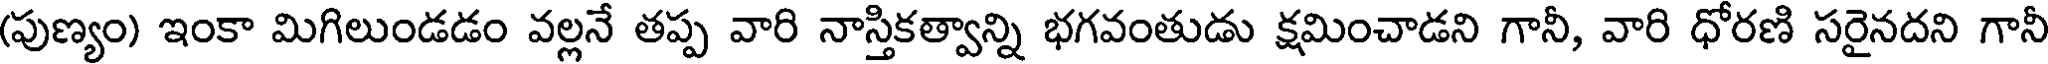
(పుణ్యం) ఇంకా మిగిలుండడం వల్లనే తప్ప వారి నాస్తికత్వాన్ని భగవంతుడు క్షమించాడని గానీ, వారి ధోరణి సరైనదని గానీ